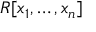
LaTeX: R [ x _ { 1 } , \dots , x _ { n } ]